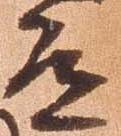
道